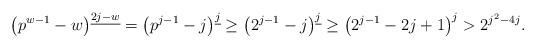
LaTeX: \begin{align*}\left(p^{w-1}- w \right)^{\underline{2j-w}} = \left(p^{j-1}- j \right)^{\underline{j}} \geq \left(2^{j-1}- j \right)^{\underline{j}} \geq \left(2^{j-1}- 2j + 1 \right)^{j} > 2^{j^2-4j}. \end{align*}